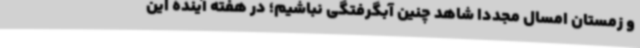
و زمستان امسال مجددا شاهد چنین آبگرفتگی‌ نباشیم؛ در هفته آینده این